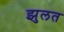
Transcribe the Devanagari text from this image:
झुलत